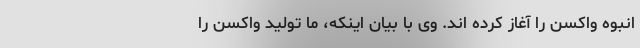
انبوه واکسن را آغاز کرده اند. وی با بیان اینکه، ما تولید واکسن را